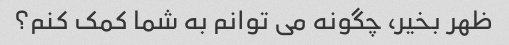
ظهر بخیر، چگونه می توانم به شما کمک کنم؟